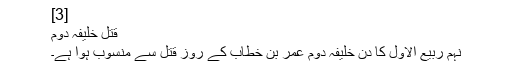
[3]
قتل خلیفہ دوم
نہم ربیع‌ الاول کا دن خلیفہ دوم عمر بن خطاب کے روز قتل سے منسوب ہوا ہے۔